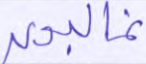
غالبون